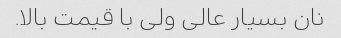
نان بسیار عالی ولی با قیمت بالا.